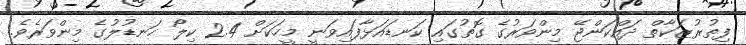
ފިތުރުޒަކާތް ދައްކަންޖޭ މިންވަރުގެ ގޮތުގައި ކަނޑައަޅާފައިވަނީ މީހަކަށް 2.4 ކިލޯ ހަނޑުލުގެ މިންވަރެވެ.